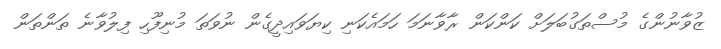
ޒުވާނުންގެ މުސްތަގުބަލަށް ކަންކަން ރާވާނަމަ ހަމައެކަނި ކިޔަވައިދީގެން ނުވަތަ މުނިފޫހި ފިލުވާނެ ތަންތަން